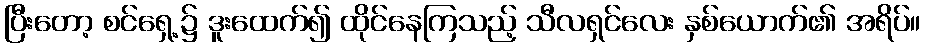
ပြီးတော့ စင်ရှေ့၌ ဒူးထေက်၍ ထိုင်နေကြသည့် သီလရှင်လေး နှစ်ယောက်၏ အရိပ်။